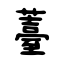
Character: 薹